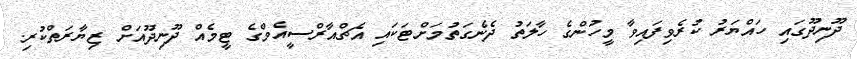
ދޫނިދޫގައި ހައްޔަރު ކުރެވިފައިވާ މީހުންގެ ހާލަތު ދެނެގަތުމަށްޓަކައި އެޗްއާރްސީއެމްގެ ޓީމެއް ދޫނިދޫއަށް ޒިޔާރަތްކުރި.